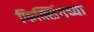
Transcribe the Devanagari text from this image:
फिक्सिंगच्या